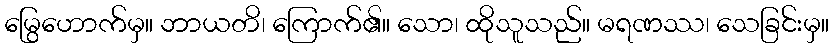
မြွေဟောက်မှ။ ဘာယတိ၊ ကြောက်၏။ သော၊ ထိုသူသည်။ မရဏဿ၊ သေခြင်းမှ။